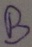
Text: B